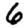
Digit: 6